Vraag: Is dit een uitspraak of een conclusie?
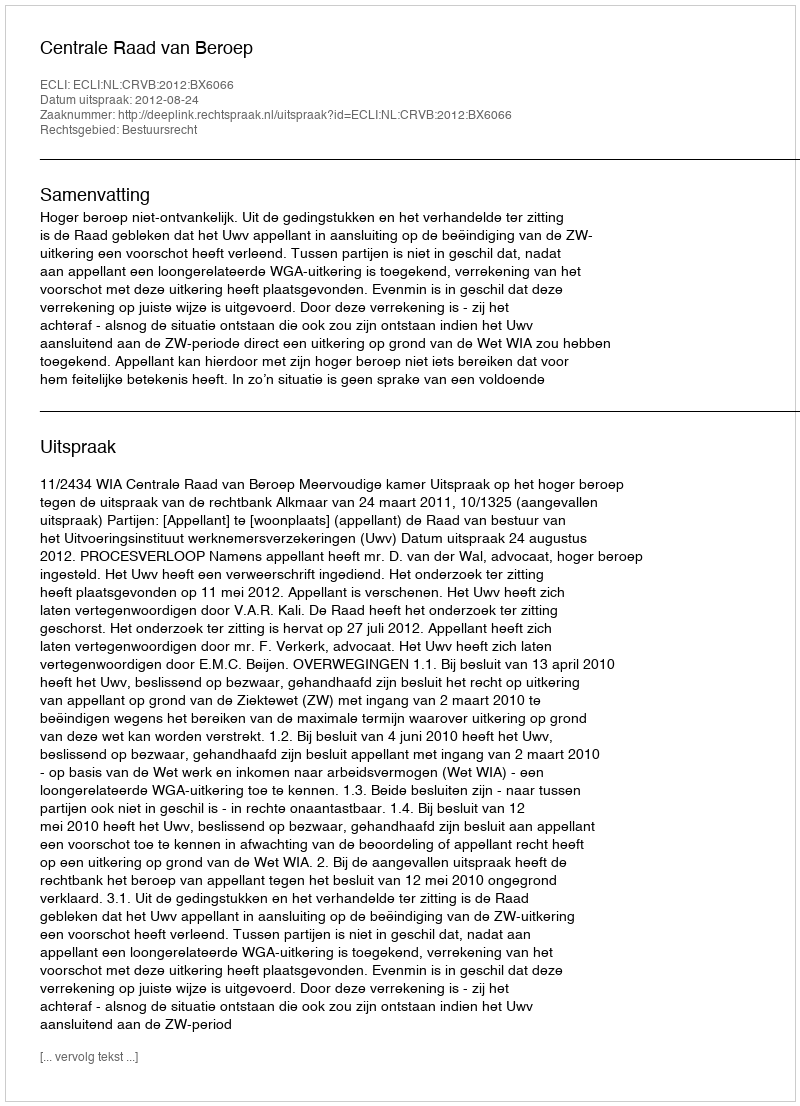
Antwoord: Uitspraak